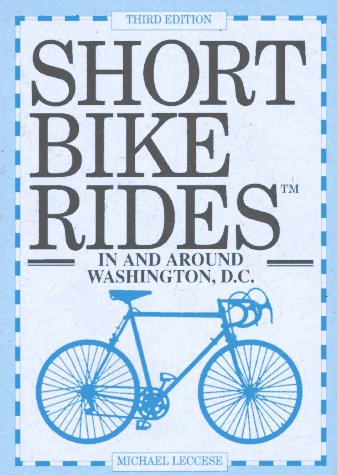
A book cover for Short Bike Rides in and Around Washington, D.C; Michael Leccese; Travel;